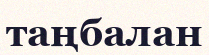
таңбалан